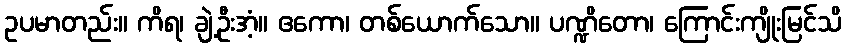
ဥပမာတည်း။ ကိရ၊ ချဲ့ဦးအံ့။ ဧကော၊ တစ်ယောက်သော။ ပဏ္ဍိတော၊ ကြောင်းကျိုးမြင်သိ